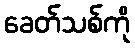
ခေတ်သစ်ကို